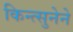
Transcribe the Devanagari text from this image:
किन्त्सुनेने